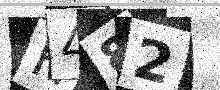
Text: H482